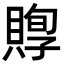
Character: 賯